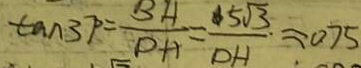
\tan 3 7 = \frac { B A } { D A } = \frac { 4 5 \sqrt { 3 } } { D H } \approx 0 . 7 5